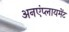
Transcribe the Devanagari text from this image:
अनएंप्लायमेंट